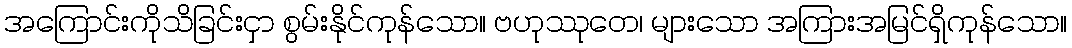
အကြောင်းကိုသိခြင်းငှာ စွမ်းနိုင်ကုန်သော။ ဗဟုဿုတေ၊ များသော အကြားအမြင်ရှိကုန်သော။